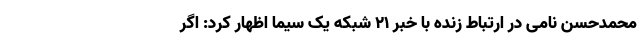
محمدحسن نامی در ارتباط زنده با خبر ۲۱ شبکه یک سیما اظهار کرد: اگر